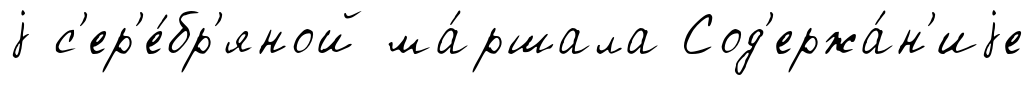
j с'ер'е́бр'яной ма́ршала Сод'ержа́н'иjе